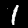
Label: 1